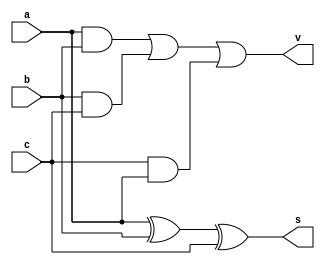
module fa(input a, input b,input c, output s, output v);

assign s=a^b^c;
assign v=(a&b)|(b&c)|(c&a);

endmodule